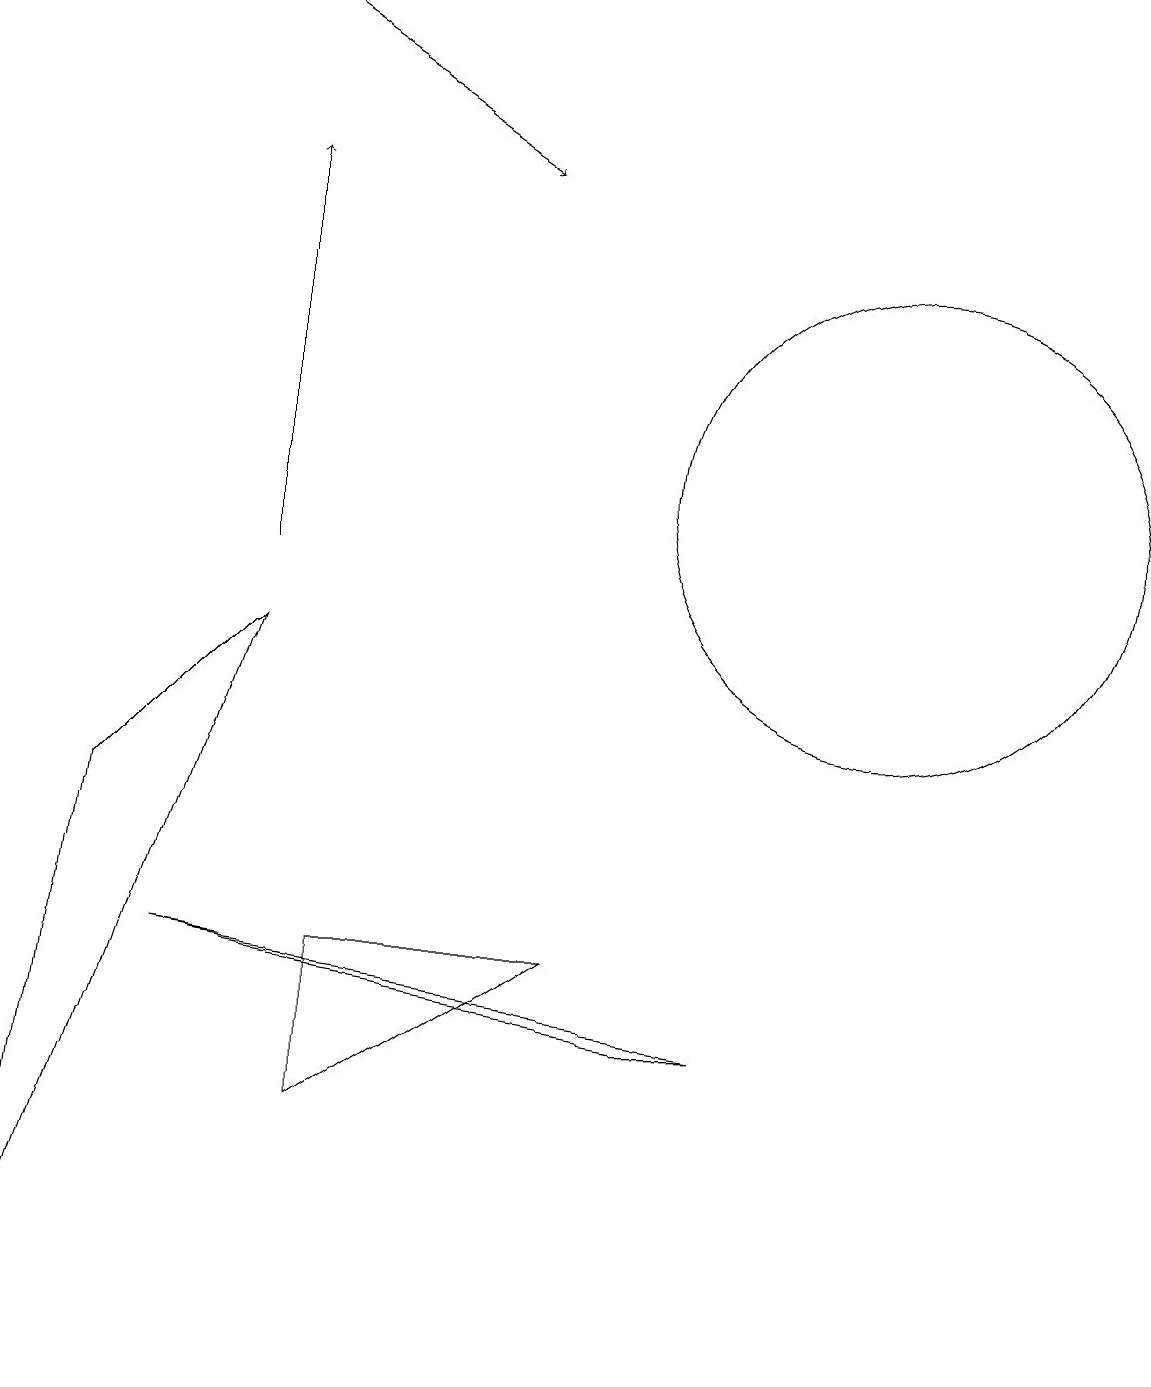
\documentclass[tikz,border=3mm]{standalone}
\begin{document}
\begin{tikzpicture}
\draw[->] (3,10) -- (3,15);
\draw (11,11) circle (3);
\draw (4,5) -- (7,5) -- (4,3) -- cycle;
\draw (3,9) -- (1,7) -- (0,0) -- cycle;
\draw[->] (3,17) -- (6,15);
\draw (8,4) -- (2,5) -- (9,4) -- cycle;
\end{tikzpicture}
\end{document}